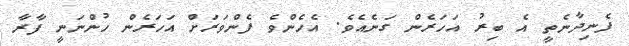
ފެނިދާނެތީ އެ ބިރު އަހަރެން ގަނެއެވެ. އެހެންވެ ފެންވަރަށް އަހަރެން ހުންނަނީ ފާރާ